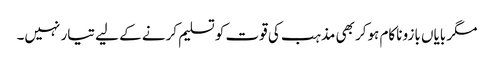
مگر بایاں بازو ناکام ہوکر بھی مذہب کی قوت کو تسلیم کرنے کے لیے تیار نہیں۔